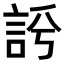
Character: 𧦻